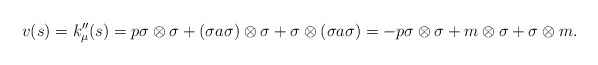
\begin{align*}v(s)=k''_\mu(s)=p \sigma \otimes \sigma + (\sigma a \sigma)\otimes\sigma+ \sigma\otimes (\sigma a \sigma)=-p \sigma \otimes \sigma + m\otimes\sigma+ \sigma\otimes m.\end{align*}